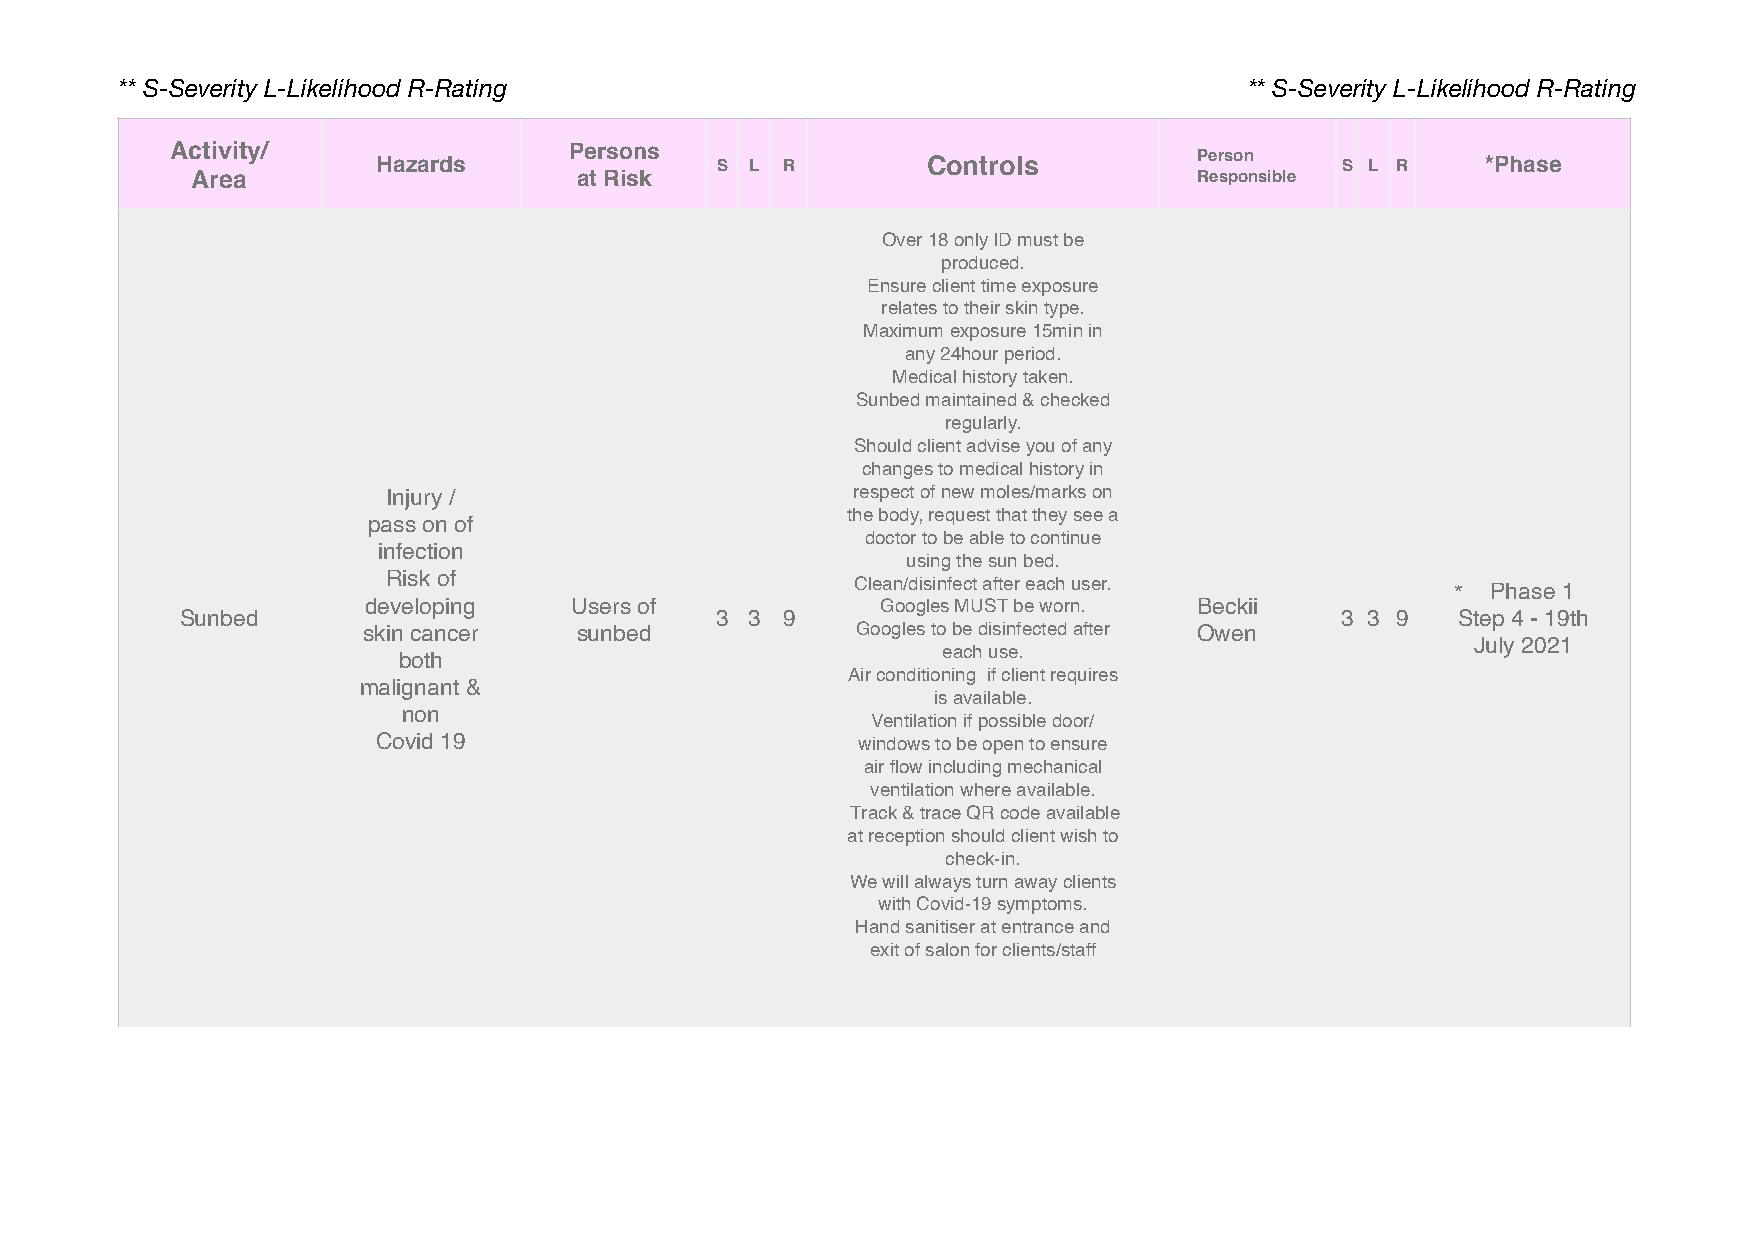
** S-Severity L-Likelihood R-Rating                                        ** S-Severity L-Likelihood R-Rating
 Activity/     Hazards      Persons  S  L R        Controls          Person    S L R    *Phase
 Area                     at Risk                                  Responsible
 Over 18 only ID must be
 produced.
 Ensure client time exposure
 relates to their skin type.
 Maximum exposure 15min in
 any 24hour period.
 Medical history taken.
 Sunbed maintained & checked
 regularly.
 Should client advise you of any
 changes to medical history in
 Injury /                      respect of new moles/marks on
 the body, request that they see a
 pass on of
 doctor to be able to continue
 infection
 using the sun bed.
 Risk of                        Clean/disinfect after each user.       *  Phase 1
 developing    Users of            Googles MUST be worn. Beckii
 Sunbed                             3 3  9                                    3 3 9  Step 4 - 19th
 skin cancer   sunbed             Googles to be disinfected after Owen
 July 2021
 both                                each use.
 Air conditioning if client requires
 malignant &
 is available.
 non
 Ventilation if possible door/
 Covid 19                        windows to be open to ensure
 air flow including mechanical
 ventilation where available.
 Track & trace QR code available
 at reception should client wish to
 check-in.
 We will always turn away clients
 with Covid-19 symptoms.
 Hand sanitiser at entrance and
 exit of salon for clients/staff